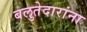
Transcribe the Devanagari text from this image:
बलुतेदारांना